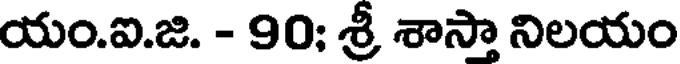
యం.ఐ.జి. - 90; శ్రీ శాస్తా నిలయం